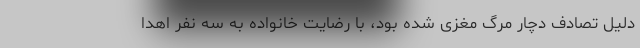
دلیل تصادف دچار مرگ مغزی شده بود، با رضایت خانواده به سه نفر اهدا